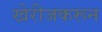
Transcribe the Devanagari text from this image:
खेरीजकरून